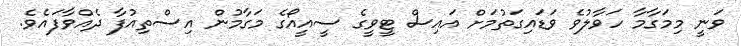
ވަނީ މިމަގާމާ ހަވާލުވެ ވަޑައިގަތުމަށް އައިސް ޓީވީގެ ސީއީއޯގެ މަގާމުން އިސްތިއުފާ ދެއްވާފައެވެ.